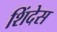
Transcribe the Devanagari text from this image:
शिंदेस